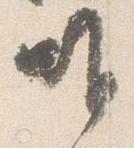
唯